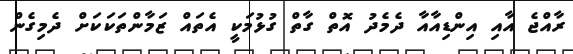
ރާއްޖެ އާއި އިންޑިއާއާ ދެމެދު އޮތް ގާތް ގުޅުމަކީ އެތައް ޒަމާންތަކަކަށް ދެމިގެން